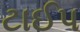
ટાઈપ